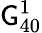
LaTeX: \mathsf{G}_{40}^{1}